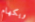
ويكهام